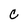
Character: C